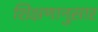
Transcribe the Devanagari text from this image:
शिक्षणानुसार